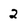
Character: 2